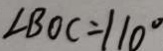
\angle B O C = 1 1 0 ^ { \circ }